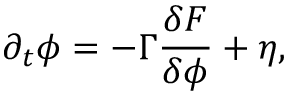
\partial _ { t } \phi = - \Gamma \frac { \delta { \cal F } } { \delta \phi } + \eta ,